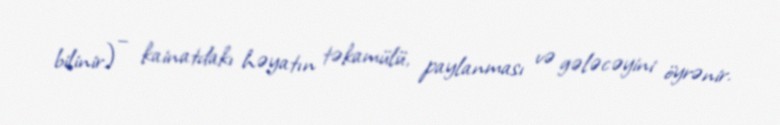
bilinir) – kainatdakı həyatın təkamülü, paylanması və gələcəyini öyrənir.